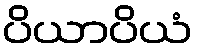
ပိယာပိယံ